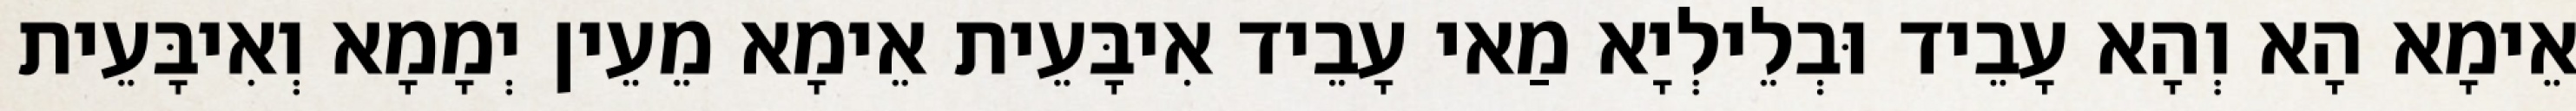
אֵימָא הָא וְהָא עָבֵיד וּבְלֵילְיָא מַאי עָבֵיד אִיבָּעֵית אֵימָא מֵעֵין יְמָמָא וְאִיבָּעֵית